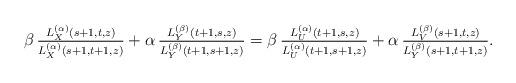
LaTeX: \begin{align*}\beta\,\tfrac{L_X^{(\alpha)}(s+1,t,z)}{L_X^{(\alpha)}(s+1,t+1,z)}+\alpha\,\tfrac{L_Y^{(\beta)}(t+1,s,z)}{L_Y^{(\beta)}(t+1,s+1,z)}=\beta\,\tfrac{L_U^{(\alpha)}(t+1,s,z)}{L_U^{(\alpha)}(t+1,s+1,z)}+\alpha\,\tfrac{L_V^{(\beta)}(s+1,t,z)}{L_Y^{(\beta)}(s+1,t+1,z)}.\end{align*}